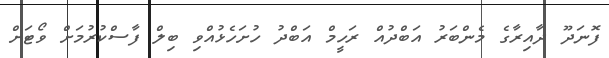
ފޮނަދޫ ދާއިރާގެ މެންބަރު އަބްދުއް ރަހީމް އަބްދު ހުށަހެޅުއްވި ބިލް ފާސްކުރުމަށް ވޯޓަށް